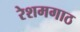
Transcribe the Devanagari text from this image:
रेशमगाठ